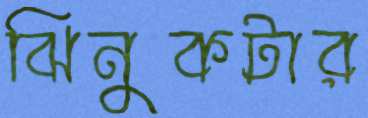
ঝিনুকটার